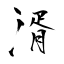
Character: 湑